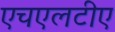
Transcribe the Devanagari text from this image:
एचएलटीए